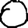
Digit: 0